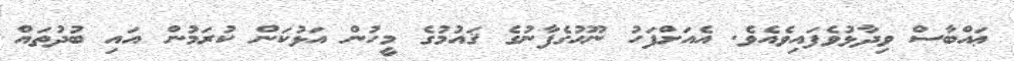
ޢައްބާސް ވިދާޅުވެފައިވެއެވެ. އެއަށްފަހު ނޫޙުގެފާނުގެ ޤައުމުގެ މީހުން އަޅުކަން ކުރަމުން އައި ބުދުތައް